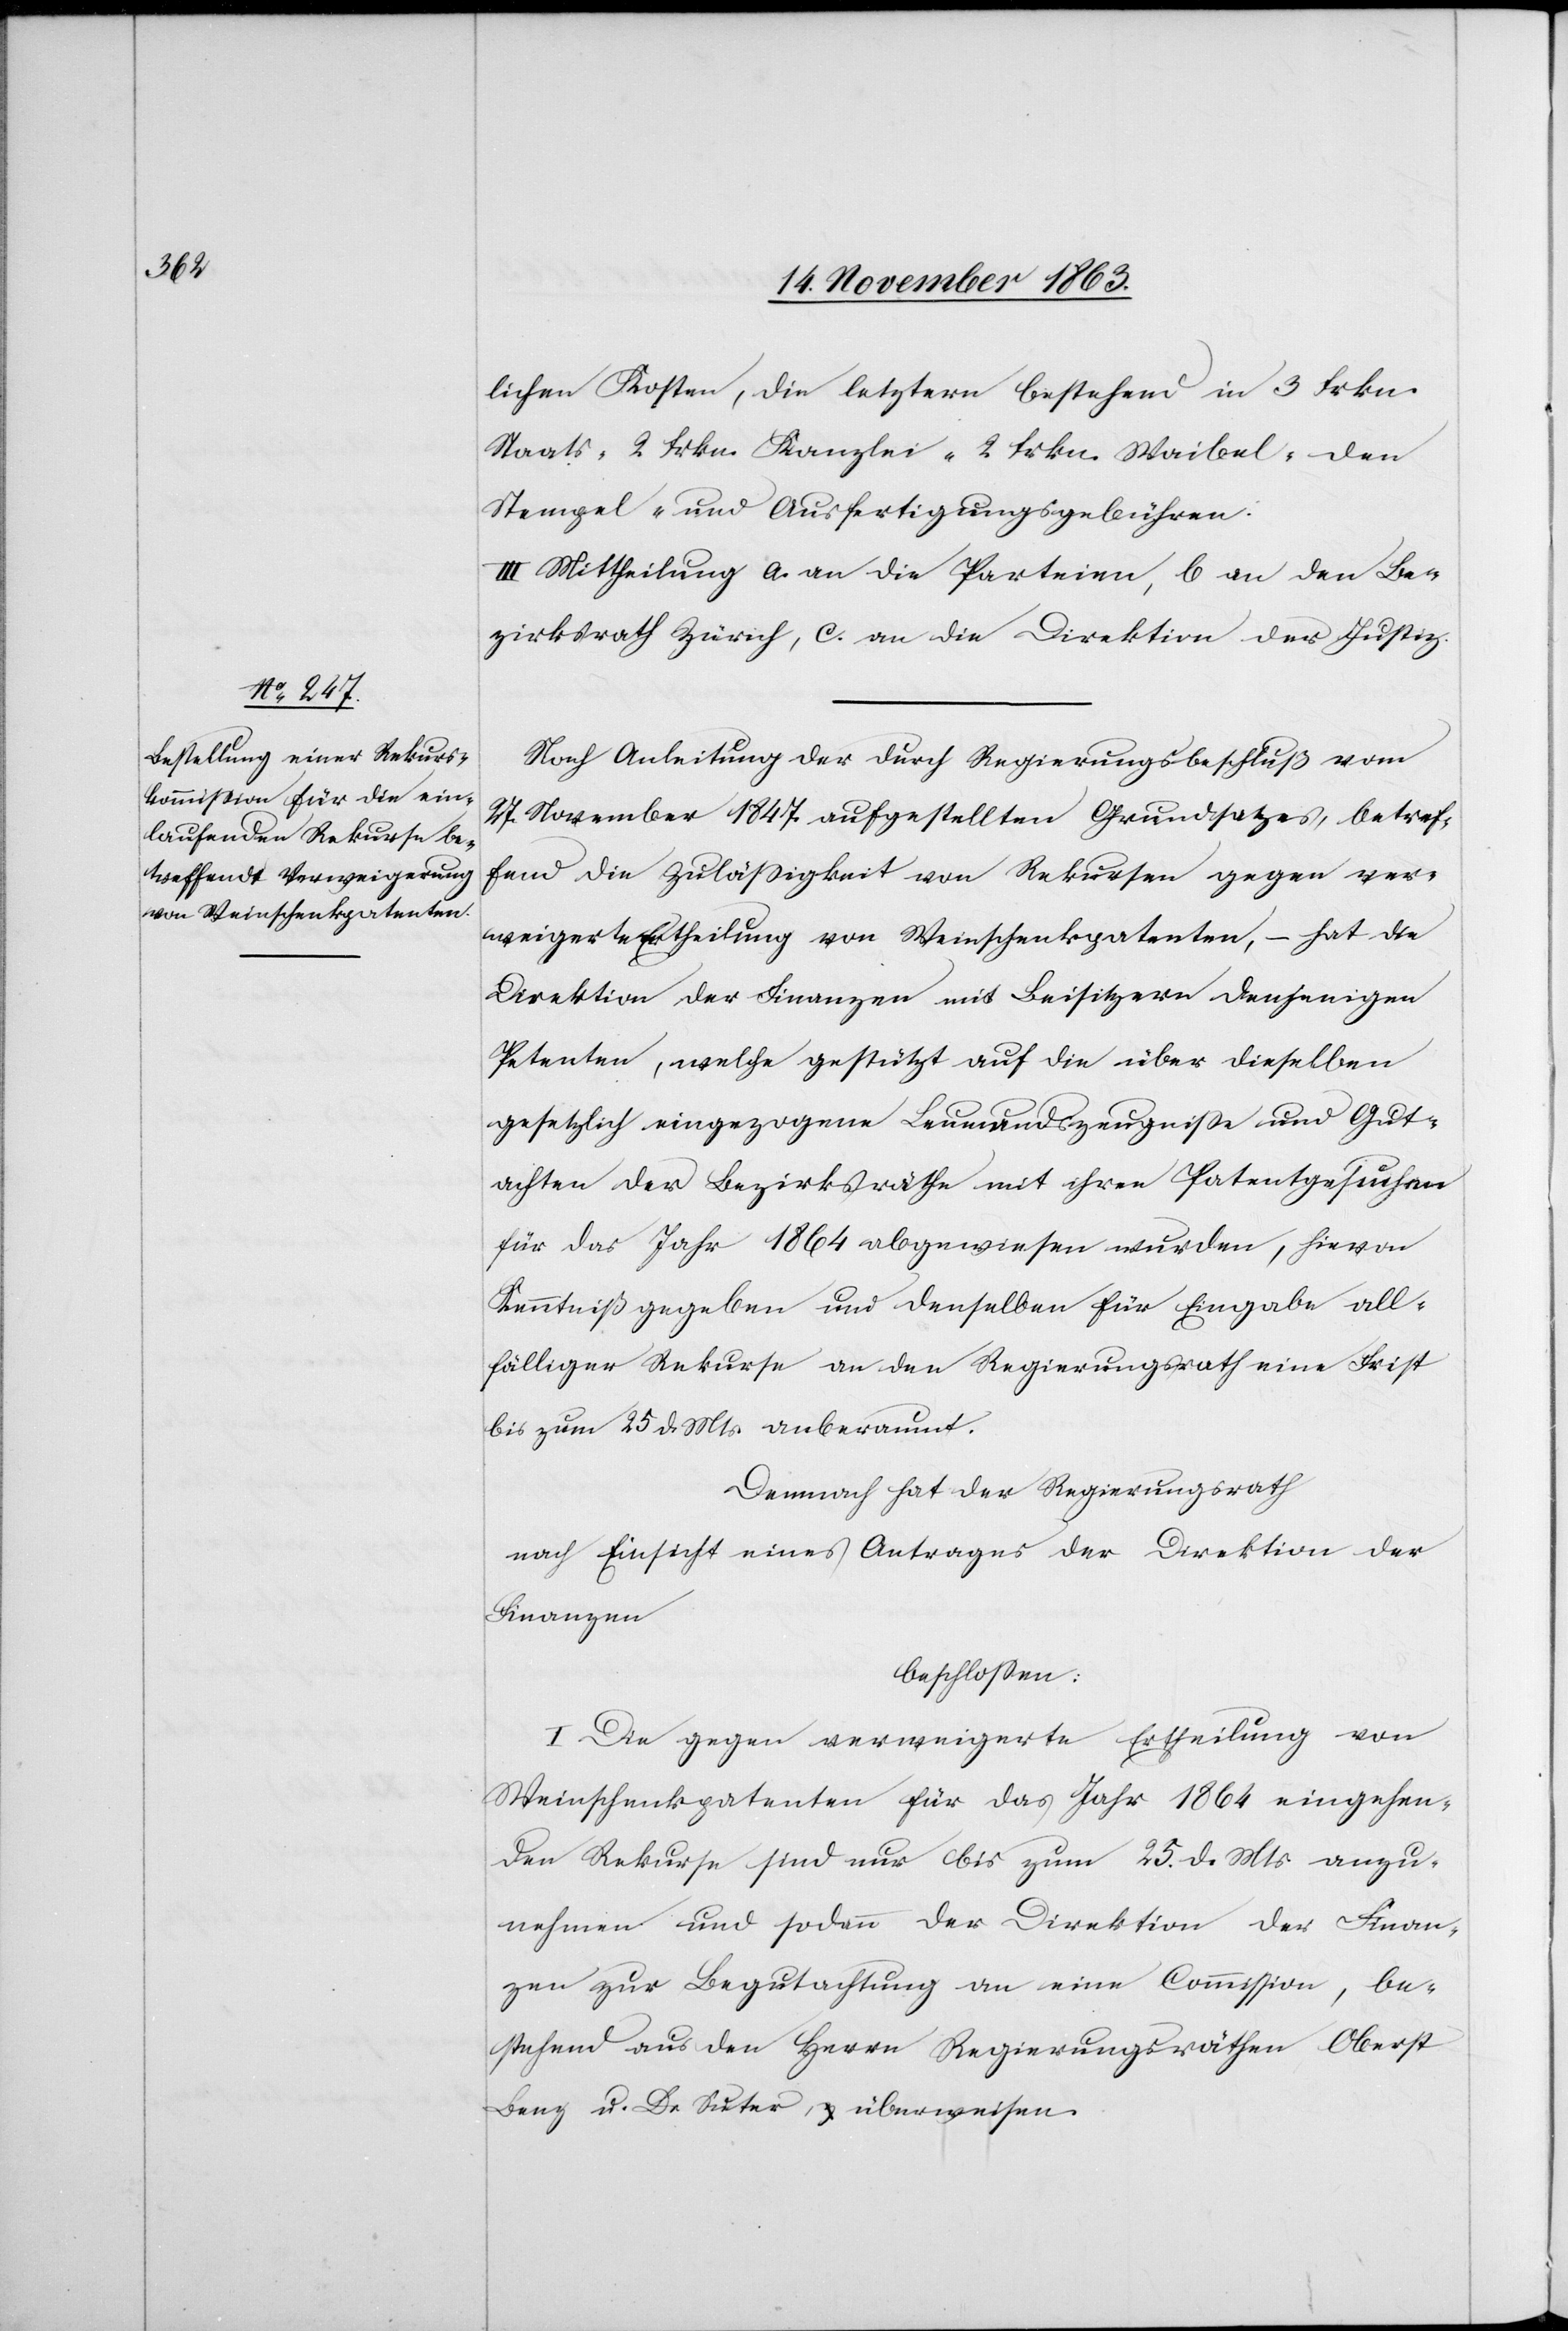
lichen Kosten, die letztern bestehend in 3 Frkn.
Staats-[,] 2 frkn. Kanzlei-[,] 2 frkn. Waibel-[,] den
Stempel- und Ausfertigungsgebühren.
III. Mittheilung a. an die Parteien, b. an den Be¬
zirksrath Zürich, c. an die Direktion der Justiz.
Nach Anleitung der [sic!] durch Regierungsbeschluß vom
27. November 1847. aufgestellten Grundsatzes, betref¬
fend die Zulässigkeit von Rekursen gegen ver¬
weigerte Ertheilung von Weinschenkpatenten, – hat die
Direktion der Finanzen mit Beisitzern denjenigen
Petenten, welche gestützt auf die über dieselben
gesetzlich eingezogene Leumundszeugnisse und Gut¬
achten der Bezirksräthe mit ihren Patentgesuchen
für das Jahr 1864 abgewiesen wurden, hievon
Kenntniß gegeben und denselben für Eingabe all¬
fälliger Rekurse an den Regierungsrath eine Frist
bis zum 25 d. Mts. anberaumt.
Demnach hat der Regierungsrath
nach Einsicht eines Antrages der Direktion der
Finanzen
beschlossen:
I. Die gegen verweigerte Ertheilung von
Weinschenkpatenten für das Jahr 1864 eingehen¬
den Rekurse sind nur bis zum 25. d. Mts anzu¬
nehmen und sodann der Direktion der Finan¬
zen zur Begutachtung an eine Commission, be¬
stehend aus den Herrn Regierungsräthen Oberst
Benz u. Dr Suter, überweisen.